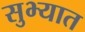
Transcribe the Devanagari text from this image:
सुभ्यात